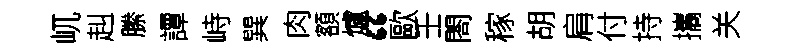
屼赳縢譚峙巽肉額爐“歐壬閤稼胡肩付持攜关